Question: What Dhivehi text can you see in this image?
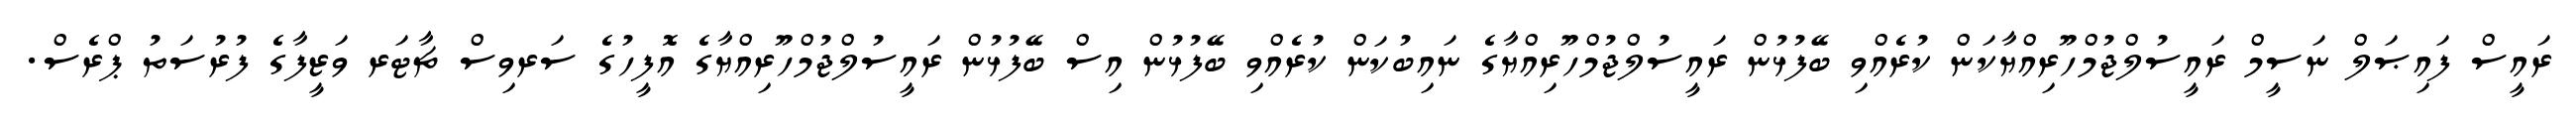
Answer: ރައީސް ފައިޞަލް ނަސީމް ރައީސުލްޖުމްހޫރިއްޔާކަން ކުރެއްވި ބޭފުޅުން ރައީސުލްޖުމްހޫރިއްޔާގެ ނައިބުކަން ކުރެއްވި ބޭފުޅުން އިސް ބޭފުޅުން ރައީސުލްޖުމްހޫރިއްޔާގެ އޮފީހުގެ ސަރވިސް ޗާޓަރ ވަޒީފާގެ ފުރުސަތު ޕްރެސް.